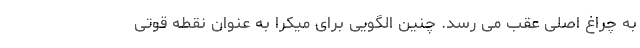
به چراغ اصلی عقب می رسد. چنین الگویی برای میکرا به عنوان نقطه قوتی